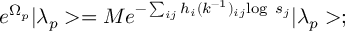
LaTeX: e ^ { \Omega _ { p } } | \lambda _ { p } > = M e ^ { - \sum _ { i j } h _ { i } ( k ^ { - 1 } ) _ { i j } \mathrm { l o g ~ } s _ { j } } | \lambda _ { p } > ;